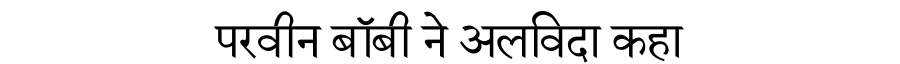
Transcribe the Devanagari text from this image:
परवीन बॉबी ने अलविदा कहा